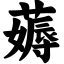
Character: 薅